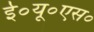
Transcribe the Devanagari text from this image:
ई०यू०एस०